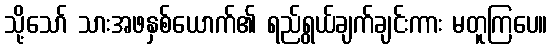
သို့သော် သားအဖနှစ်ယောက်၏ ရည်ရွယ်ချက်ချင်းကား မတူကြပေ။